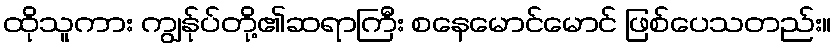
ထိုသူကား ကျွန်ုပ်တို့၏ဆရာကြီး စနေမောင်မောင် ဖြစ်ပေသတည်း။